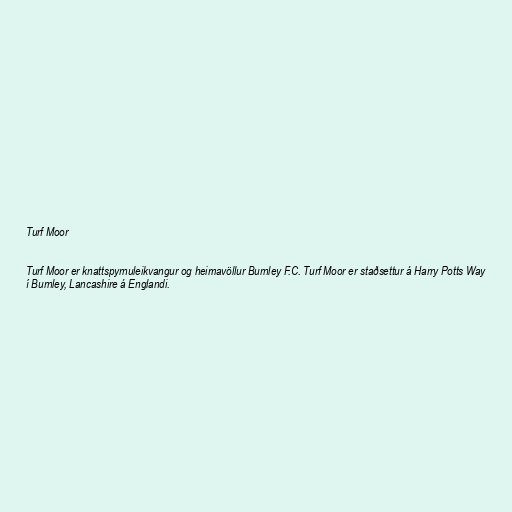
Turf Moor

Turf Moor er knattspyrnuleikvangur og heimavöllur Burnley F.C. Turf Moor er staðsettur á Harry Potts Way
í Burnley, Lancashire á Englandi.